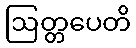
ဩတ္တပေတိ